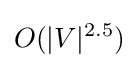
O(|V|^{2.5})